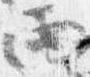
雨